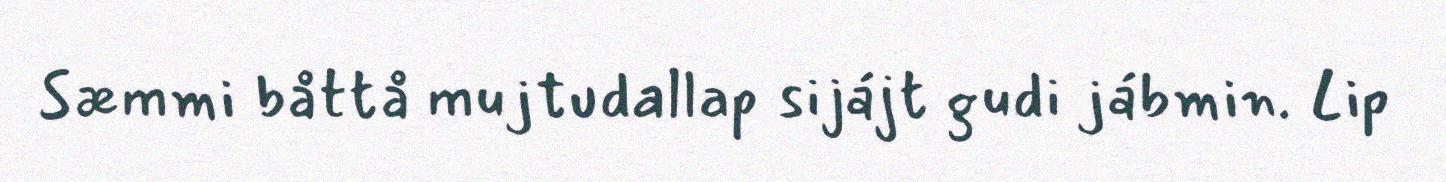
Sæmmi båttå mujtudallap sijájt gudi jábmin. Lip